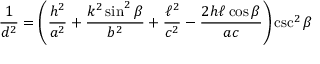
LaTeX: { \frac { 1 } { d ^ { 2 } } } = \left( { \frac { h ^ { 2 } } { a ^ { 2 } } } + { \frac { k ^ { 2 } \sin ^ { 2 } \beta } { b ^ { 2 } } } + { \frac { \ell ^ { 2 } } { c ^ { 2 } } } - { \frac { 2 h \ell \cos \beta } { a c } } \right) \csc ^ { 2 } \beta